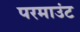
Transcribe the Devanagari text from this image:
परमाउंट